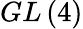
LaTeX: GL\left(4\right)